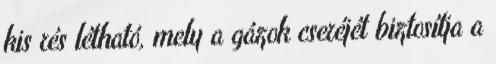
kis rés létható, mely a gázok cseréjét biztosítja a